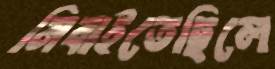
নিবাইতেছিলে